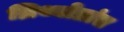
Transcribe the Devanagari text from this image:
म्रिथ्योप्रांत